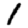
Digit: 1